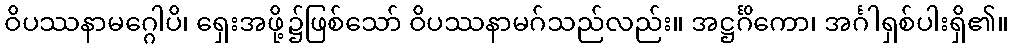
ဝိပဿနာမဂ္ဂေါပိ၊ ရှေးအဖို့၌ဖြစ်သော် ဝိပဿနာမဂ်သည်လည်း။ အဋ္ဌင်္ဂိကော၊ အင်္ဂါရှစ်ပါးရှိ၏။